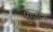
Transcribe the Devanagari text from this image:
कुलत्थ